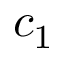
c _ { 1 }